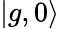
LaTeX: \left|g,0\right\rangle